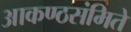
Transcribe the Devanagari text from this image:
आकण्ठसंमिते